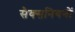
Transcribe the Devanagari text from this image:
सैक्सनियनों